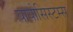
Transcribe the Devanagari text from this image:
बायोसिस्टम्स